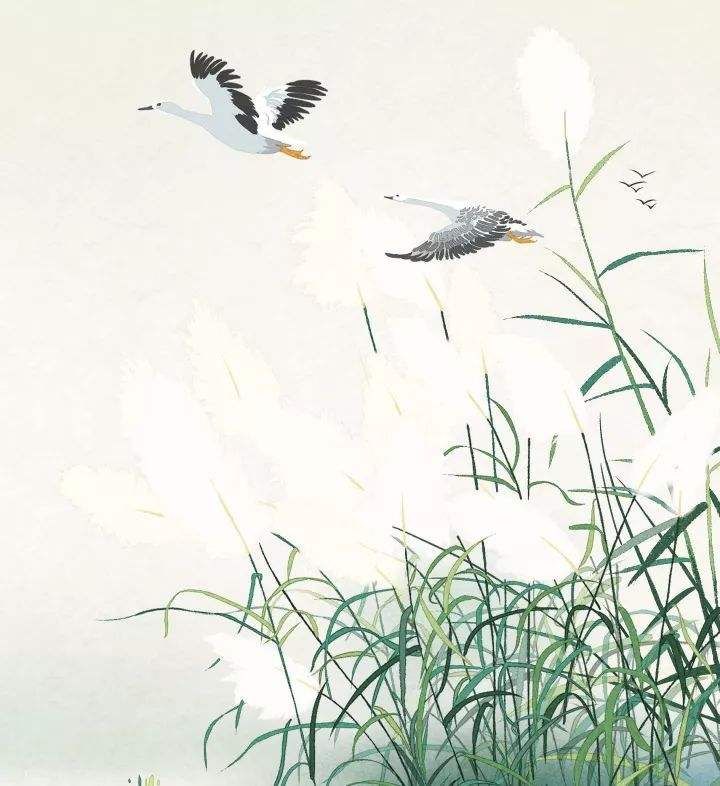
却下水晶帘，玲珑望秋月。